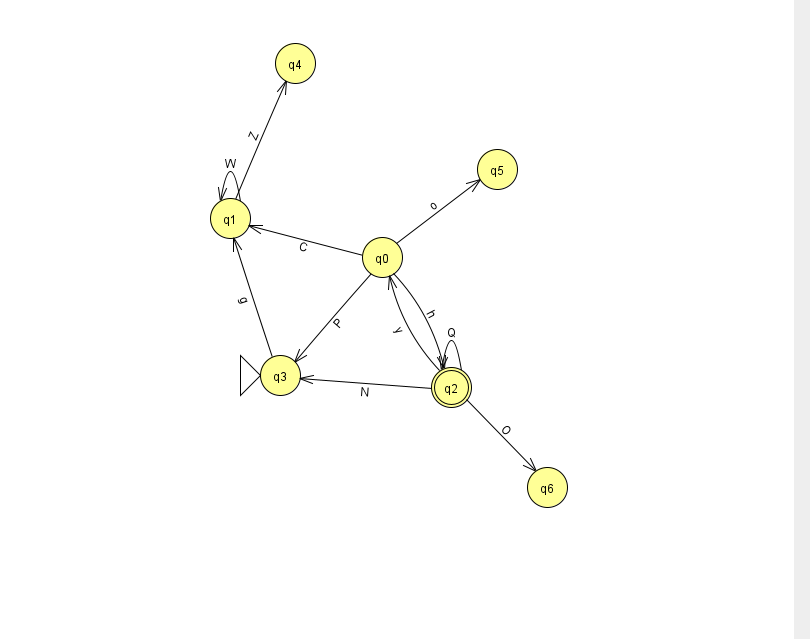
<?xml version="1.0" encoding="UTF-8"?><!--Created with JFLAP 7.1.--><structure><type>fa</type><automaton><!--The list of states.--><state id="0" name="q0"><x>382.0</x><y>244.0</y></state><state id="1" name="q1"><x>230.0</x><y>205.0</y></state><state id="2" name="q2"><x>451.0</x><y>374.0</y><final/></state><state id="3" name="q3"><x>280.0</x><y>362.0</y><initial/></state><state id="4" name="q4"><x>295.0</x><y>50.0</y></state><state id="5" name="q5"><x>497.0</x><y>156.0</y></state><state id="6" name="q6"><x>547.0</x><y>474.0</y></state><!--The list of transitions.--><transition><from>2</from><to>0</to><read>y</read></transition><transition><from>0</from><to>2</to><read>h</read></transition><transition><from>0</from><to>3</to><read>P</read></transition><transition><from>2</from><to>2</to><read>Q</read></transition><transition><from>1</from><to>4</to><read>Z</read></transition><transition><from>2</from><to>6</to><read>O</read></transition><transition><from>2</from><to>3</to><read>N</read></transition><transition><from>1</from><to>1</to><read>W</read></transition><transition><from>3</from><to>1</to><read>g</read></transition><transition><from>0</from><to>5</to><read>o</read></transition><transition><from>0</from><to>1</to><read>C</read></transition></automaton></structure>